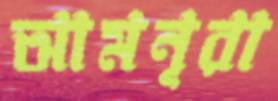
আমনূরা